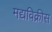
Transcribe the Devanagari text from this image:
मद्यविक्रीस